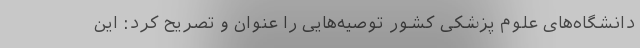
دانشگاه‌‌های علوم پزشکی کشور توصیه‌‌هایی را عنوان و تصریح کرد: این